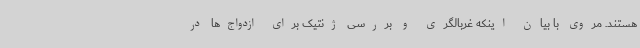
هستند. مروی با بیان اینکه غربالگری و بررسی ژنتیک برای ازدواج‌ها در